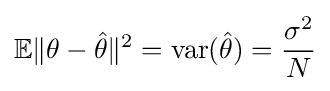
\mathbb {E} \|\theta -{\hat {\theta }}\|^{2}={\text{var}}({\hat {\theta }})={\frac {\sigma ^{2}}{N}}